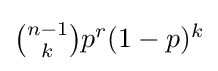
{\textstyle {\binom {n-1}{k}}p^{r}(1-p)^{k}}